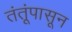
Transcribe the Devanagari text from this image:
तंतूंपासून